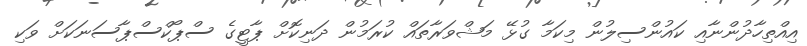
އިއްތިހާދުންނާއި ކައުންސިލުން މިކަމާ ގުޅޭ މަޝްވަރާތައް ކުރަމުން ދަނިކޮށް ޕާޓީގެ ސްޕޯކްސްޕާސަނަކަށް ވަކި